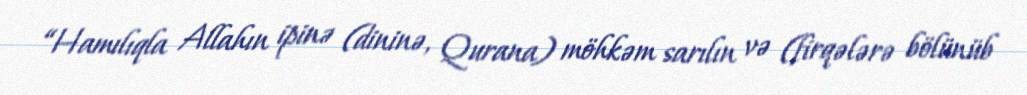
“Hamılıqla Allahın ipinə (dininə, Qurana) möhkəm sarılın və (firqələrə bölünüb